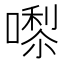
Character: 𭊵